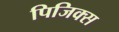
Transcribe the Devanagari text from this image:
पिजिक्स